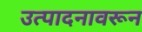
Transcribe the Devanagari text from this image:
उत्पादनावरून